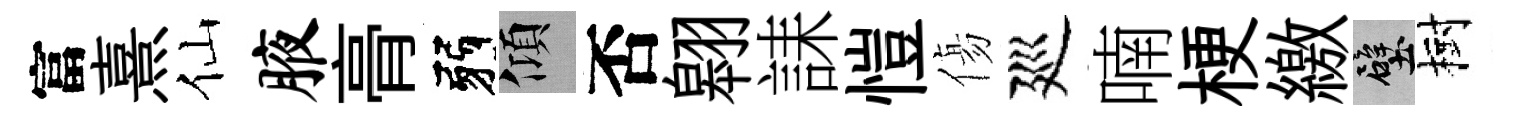
富熹仙腋𮌔弱傾否翱誄愷傷廵喃梗繳壁樹